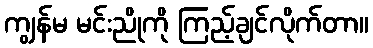
ကျွန်မ မင်းညိုကို ကြည့်ချင်လိုက်တာ။